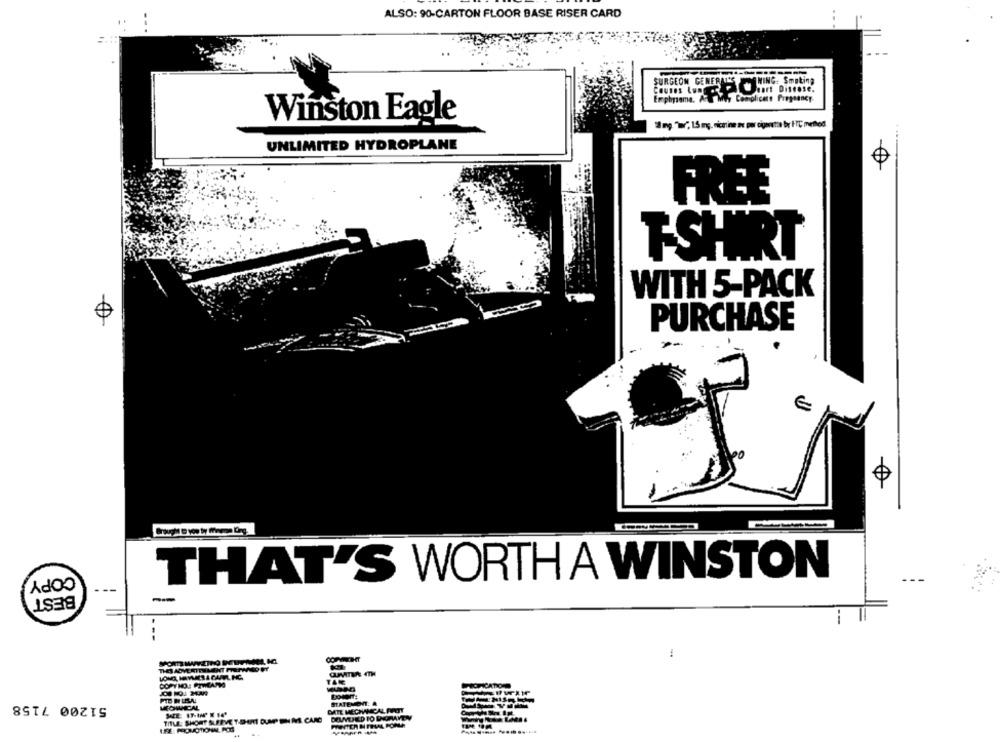
ALSO: 90-CARTON FLOOR BASE RISER CARD
..
WING: Smoking
SURGEON GENERALES
Emphysema. Ar Wir Complicate Pregnancy.
Winston Eagle
UNLIMITED HYDROPLANE
FREE
T-SHIRT
WITH 5-PACK
PURCHASE
COPY
THAT'S WORTH A WINSTON
BEST
--
THE ADVERTIMENT PETWIRD FY
COPYNO: PTHEARMS
51200 7158
MEOWICAL
STATEMENT.
DATE MECHANICAL FUPOT